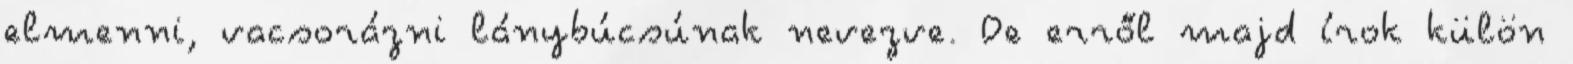
elmenni, vacsorázni lánybúcsúnak nevezve. De erről majd írok külön